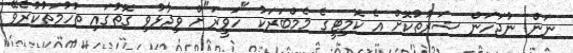
ނަން ނުޖަހަން ޝަރުތުކޮށް އެ ކޮމިޓީގެ މެމްބަރަކު "ހަވީރަ"ށް ވިދާޅުވި ގޮތުގައި ތުހުމަތުކުރެވޭ